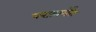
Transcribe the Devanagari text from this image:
परफ़ार्मेंस